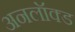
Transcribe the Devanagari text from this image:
अनलॉक्ड